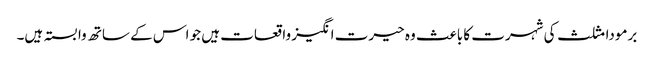
برمودا مثلث کی شہرت کا باعث وہ حیرت انگیز واقعات ہیں جو اس کے ساتھ وابستہ ہیں۔